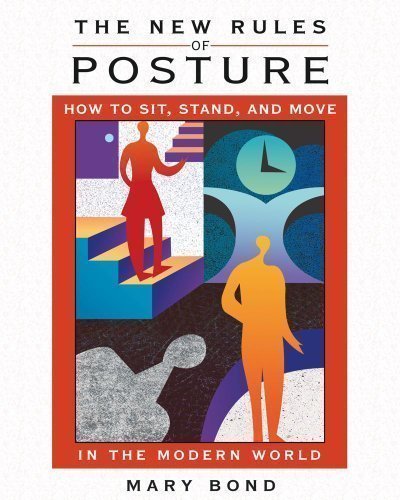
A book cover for The New Rules of Posture: How to Sit, Stand and Move in the Modern World by Bond, Mary (2007); Health, Fitness & Dieting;